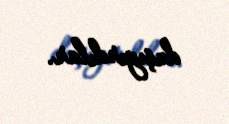
daşıyırdılar.